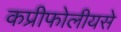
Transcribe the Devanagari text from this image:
कप्रीफोलीयसे